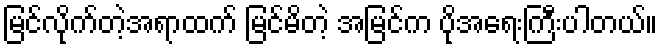
မြင်လိုက်တဲ့အရာထက် မြင်မိတဲ့ အမြင်က ပိုအရေးကြီးပါတယ်။